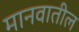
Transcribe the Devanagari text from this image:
मानवातील